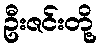
ဦးဇင်းတို့